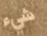
شيء